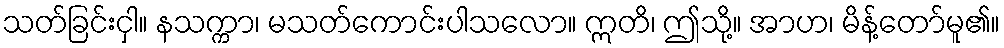
သတ်ခြင်းငှါ။ နသက္ကာ၊ မသတ်ကောင်းပါသလော။ ဣတိ၊ ဤသို့။ အာဟ၊ မိန့်တော်မူ၏။